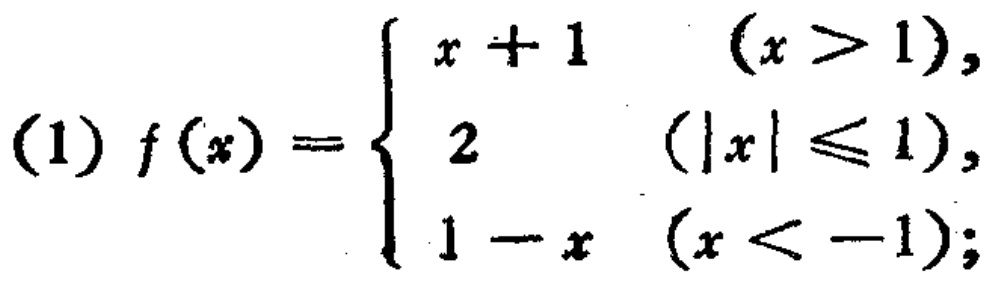
(1) \(f(x)=\begin{cases}x + 1&(x>1),\\2&(|x|\leq1),\\1 - x&(x<-1);\end{cases}\)